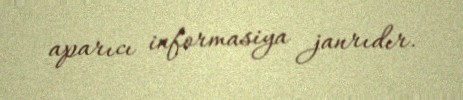
aparıcı informasiya janrıdır.